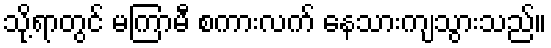
သို့ရာတွင် မကြာမီ စကားလက် နေသားကျသွားသည်။